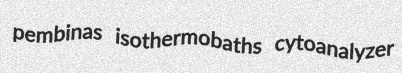
pembinas isothermobaths cytoanalyzer